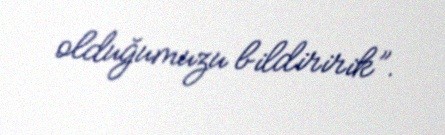
olduğumuzu bildiririk”.